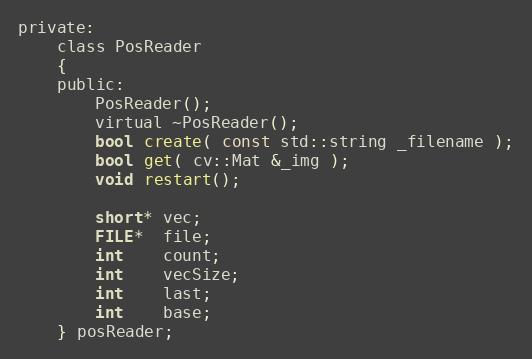
Language: C
private:
    class PosReader
    {
    public:
        PosReader();
        virtual ~PosReader();
        bool create( const std::string _filename );
        bool get( cv::Mat &_img );
        void restart();

        short* vec;
        FILE*  file;
        int    count;
        int    vecSize;
        int    last;
        int    base;
    } posReader;